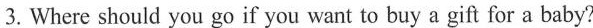
3.Where should you go if you want to buy a gift for a baby?